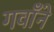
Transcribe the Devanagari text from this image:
गवाँने